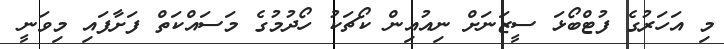
މި އަހަރުގެ ފުޓްބޯޅަ ސީޒަނަށް ނިއުއިން ކޯޗަކު ހޯދުމުގެ މަސައްކަތް ފަށާފައި މިވަނީ